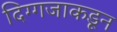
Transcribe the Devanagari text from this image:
दिग्गजाकडून